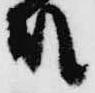
殿